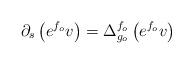
LaTeX: \begin{align*}\partial_s\left(e^{f_o}v\right)=\Delta_{g_o}^{f_o}\left(e^{f_o}v\right)\end{align*}